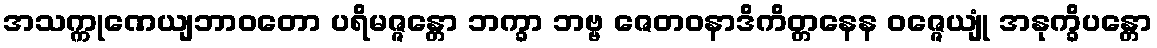
အသက္ကုဏေယျဘာဝတော ပရိမဇ္ဇန္တော ဘက္ခာ ဘဗ္ဗ ဇေတဝနာဒိကိတ္တနေန ဝဇ္ဇေယျုံ အနုက္ခိပန္တော